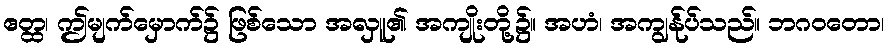
ဧတ္ထ၊ ဤမျက်မှောက်၌ ဖြစ်သော အလှူ၏ အကျိုးတို့၌။ အဟံ၊ အကျွန်ုပ်သည်။ ဘဂဝတော၊